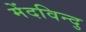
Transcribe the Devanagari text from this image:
मेंदविन्दु